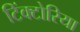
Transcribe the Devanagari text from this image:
टिंक्टोरिया